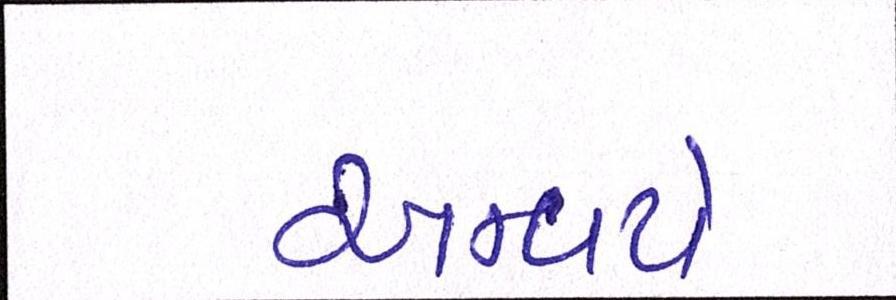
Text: અન્વયે